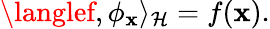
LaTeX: \langlef,\phi_{\mathbf{x}}\rangle_{\mathcal{{H}}}=f(\mathbf{x}).